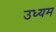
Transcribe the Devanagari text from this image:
उध्यम